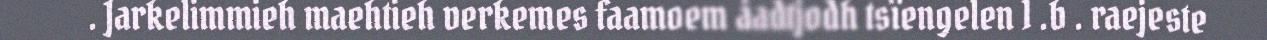
. Jarkelimmieh maehtieh verkemes faamoem åadtjodh tsïengelen 1 .b . raejeste